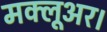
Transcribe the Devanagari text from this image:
मक्लूअर।